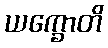
ယက္ခောတိ